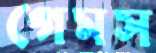
গেমস